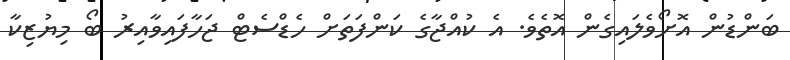
ބަންޑުން އޮށޯވެލައިގެން އޮތެވެ. އެ ކުއްޖާގެ ކަންފަތަށް ހެޑްސެޓް ޖަހާފައިވާއިރު ބޯ މިޔުޒިކާ